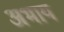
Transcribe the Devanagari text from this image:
अभाय